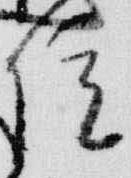
院